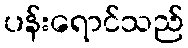
ပန်းရောင်သည်